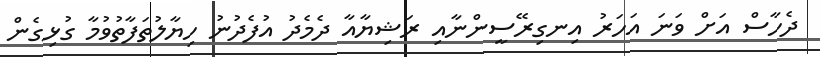
ދެހާސް އަށް ވަނަ އަހަރު އިނގިރޭސީންނާއި ރަޝިޔާއާ ދެމެދު އުފެދުނު ހިޔާލުތަފާތުވުމާ ގުޅިގެން